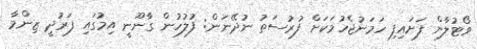
ވޯޓުލާން ފަށައިފި ހަމަނުޖެހުމަކަށް ފުރުސަތު ނުދޭނަން: ފުލުހުން ގާނޫނީ އިމުގައި ފަރުދީ ޒިންމާ